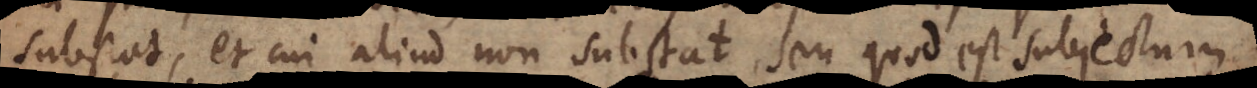
substat, et cui aliud non substat, seu quod est subjectum